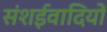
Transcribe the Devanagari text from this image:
संशईवादियों